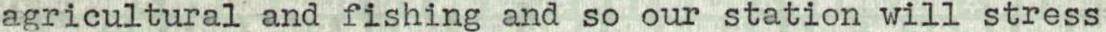
agricultural and fishing and so our station will stress